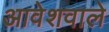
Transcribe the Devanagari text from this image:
आवेशवाले